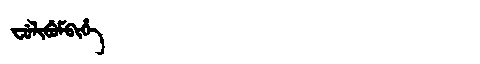
Manchu: ᠸᡠᠯᡳᠪᡠᠮᠪᡳᡥᡝ
Romanization: FULIBUMBIHE